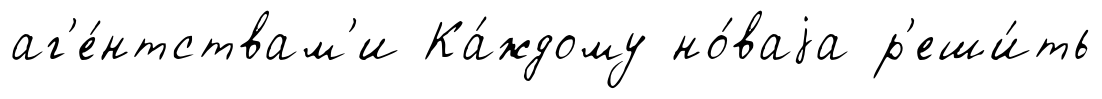
аг'е́нтствам'и Ка́ждому но́ваjа р'еши́ть